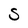
Character: S